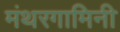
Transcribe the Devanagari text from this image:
मंथरगामिनी